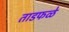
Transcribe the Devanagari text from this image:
ताडफळे